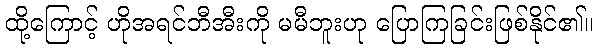
ထို့ကြောင့် ဟိုအရင်ဘီအီးကို မမီဘူးဟု ပြောကြခြင်းဖြစ်နိုင်၏။